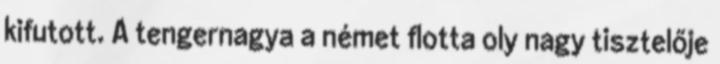
kifutott. A tengernagya a német flotta oly nagy tisztelője